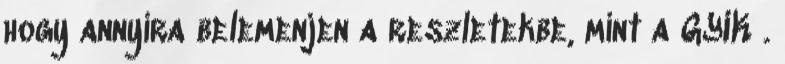
hogy annyira belemenjen a reszletekbe, mint a GYIK .